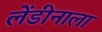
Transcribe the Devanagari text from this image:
लेंडीनाला